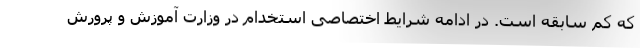
که کم سابقه است. در ادامه شرایط اختصاصی استخدام در وزارت آموزش و پرورش